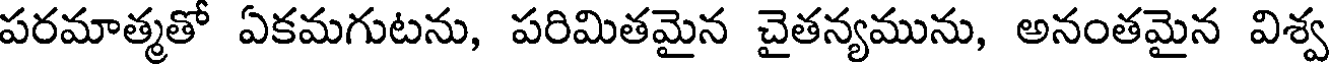
పరమాత్మతో ఏకమగుటను, పరిమితమైన చైతన్యమును, అనంతమైన విశ్వ